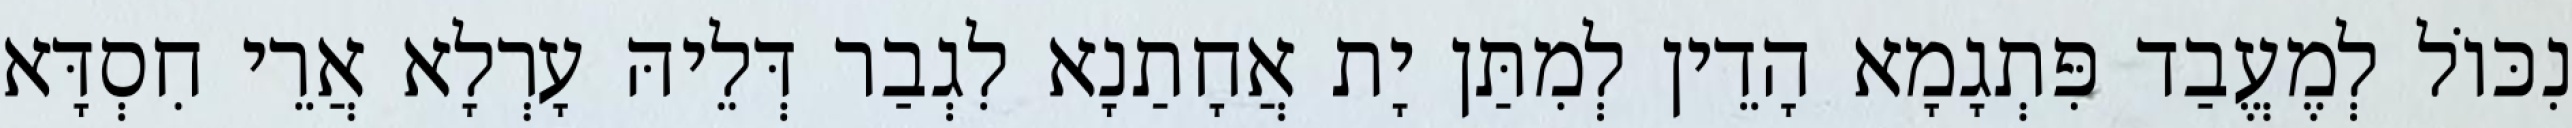
נִכּוֹל לְמֶעֱבַד פִּתְגָמָא הָדֵין לְמִתַּן יָת אֲחָתַנָא לִגְבַר דְּלֵיהּ עָרְלָא אֲרֵי חִסְדָּא